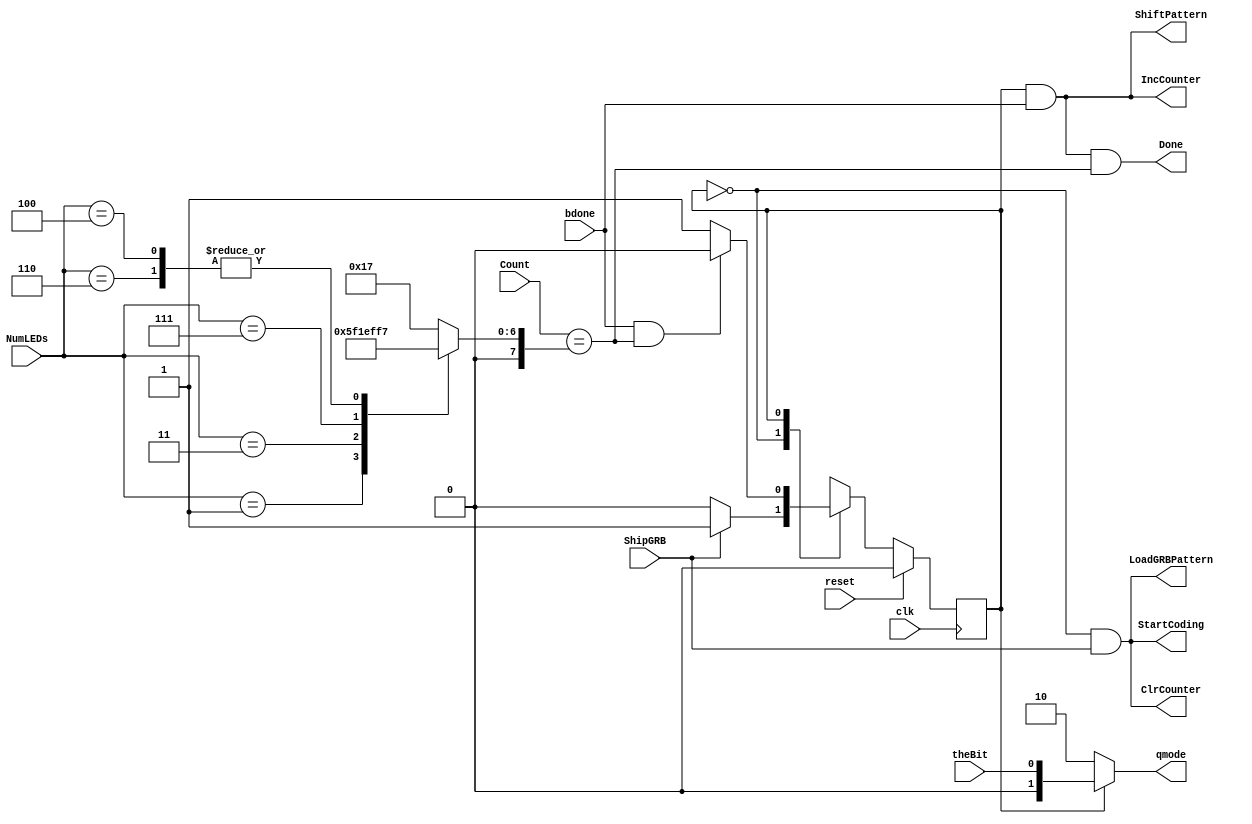
// GRBStateMachine.v

module GRBStateMachine(qmode,Done,LoadGRBPattern,ShiftPattern,StartCoding,ClrCounter,IncCounter,ShipGRB,theBit,bdone,Count,NumLEDs,clk,reset);
	output	[1:0]	qmode;
	output		Done,LoadGRBPattern, ShiftPattern, StartCoding, ClrCounter, IncCounter;
	input		ShipGRB, theBit, bdone;
	input   [7:0]	Count;
	input   [3:1]   NumLEDs;
	input		clk, reset;

	reg	     	S, nS;
	parameter	SSHIPRET=1'b0, SSHIPGRB=1'b1;

    reg      [7:0]   COMPAREVAL;

	always @(posedge clk)
		if(reset)
			S <= SSHIPRET;
		else
			S <= nS;

	always @(S, ShipGRB, bdone, Count)
		case(S)
			SSHIPRET:  nS = ShipGRB ? SSHIPGRB : SSHIPRET;
			SSHIPGRB:  nS = (bdone && (Count==COMPAREVAL)) ? SSHIPRET : SSHIPGRB;
			default:   nS = SSHIPRET;
		endcase

	assign LoadGRBPattern = (S==SSHIPRET)&&ShipGRB;
	assign ClrCounter     = (S==SSHIPRET)&&ShipGRB;
	assign StartCoding    = (S==SSHIPRET)&&ShipGRB;
	assign ShiftPattern   = (S==SSHIPGRB)&&bdone;
	assign IncCounter     = (S==SSHIPGRB)&&bdone;
	assign qmode          = (S==SSHIPRET) ? 2'b10 : {1'b0,theBit};
	assign Done           = (S==SSHIPGRB)&&bdone&&(Count==COMPAREVAL);
	
    always @(NumLEDs)
        case(NumLEDs)
            3'b000:  COMPAREVAL = 23;
            3'b001:  COMPAREVAL = 47;
            3'b011:  COMPAREVAL = 71;
            3'b111:  COMPAREVAL = 95;
            3'b100,3'b110:  COMPAREVAL = 119;
            default:  COMPAREVAL = 23;
        endcase
endmodule